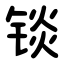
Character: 锬